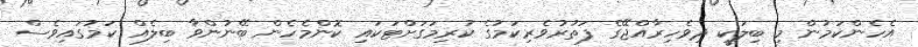
އެހެންކަމުން މި ބިލަކީ ދިވެހިރާއްޖޭގެ ފަތުރުވެެރިކަމުގެ ކުރިމަގަށްޓަކައި ކޮންމެހެން ބޭނުންވާ ބިލެއް ކަމުގައިވެސް